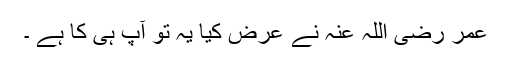
عمر رضی اللہ عنہ نے عرض کیا یہ تو آپ ہی کا ہے ۔